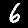
Digit: 6